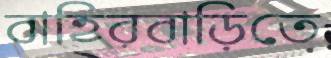
বাহিরবাড়িতে